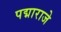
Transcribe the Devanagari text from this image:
पद्माराजे